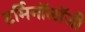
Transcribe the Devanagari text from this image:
टर्मिनॉलॉजी